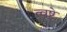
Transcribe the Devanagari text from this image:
त्वष्टे